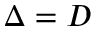
\Delta = D